Annual report on the health of the army in India
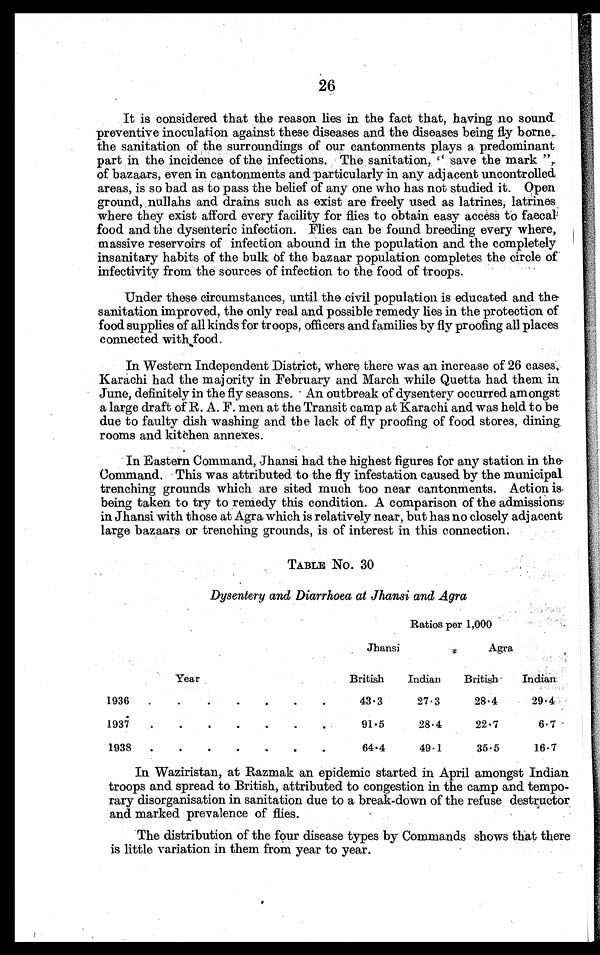
26
It is considered that the reason lies in the fact that, having no sound
preventive inoculation against these diseases and the diseases being fty borne
the sanitation of the surroundings of our cantonments plays a predominant
part in the incidence of the infections. The sanitation, " save the mark "
of bazaars, even in cantonments and particularly in any adjacent uncontrolled
areas, is so bad as to pass the belief of any one who has not studied it. Open
ground, nullahs and drains such as exist are freely used as latrines, latrines
where they exist afford every facility for flies to obtain easy access to faecal
food and the dysenteric infection. Flies can be found breeding every where,
massive reservoirs of infection abound in the population and the completely
insanitary habits of the bulk of the bazaar population completes the circle of
infectivity from the sources of infection to the food of troops.
Under these circumstances, until the civil population is educated and the
sanitation improved, the only real and possible remedy lies in the protection of
food supplies of all kinds for troops, officers and families by fly proofing all places
connected with food.
In Western Independent District, where there was an increase of 26 cases,
Karachi had the majority in February and March while Quetta had them in
June, definitely in the fly seasons. An outbreak of dysentery occurred amongst
a large draft of R. A. F. men at the Transit camp at Karachi and was held to be
due to faulty dish washing and the lack of fly proofing of food stores, dining
rooms and kitchen annexes.
In Eastern Command, Jhansi had the highest figures for any station in the
Command. This was attributed to the fly infestation caused by the municipal
trenching grounds which are sited much too near cantonments. Action is
being taken to try to remedy this condition. A comparison of the admissions
in Jhansi with those at Agra which is relatively near, but has no closely adjacent
large bazaars or trenching grounds, is of interest in this connection.
TABLE No. 30
Dysentery and Diarrhoea at Jhansi and Agra
Ratios per 1,000
Jhansi
Agra
Year
British
Indian
British .
Indian
1936
43.3
27.3
28.4
29. 4
1937
91.5
28.4
22.7
6.7
1938
64.4
49.1
35.5
16.7
In Waziristan, at Razmak an epidemic started in April amongst Indian
troops and spread to British, attributed to congestion in the camp and tempo-
rary disorganisation in sanitation due to a break-down of the refuse destructor
and marked prevalence of flies.
The distribution of the four disease types by Commands shows that there
is little variation in them from year to year.